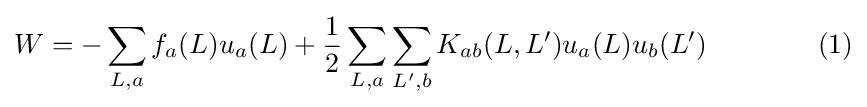
W=-\sum _{L,a}f_{a}(L)u_{a}(L)+{\frac {1}{2}}\sum _{L,a}\sum _{L',b}K_{ab}(L,L')u_{a}(L)u_{b}(L')\qquad \qquad (1)